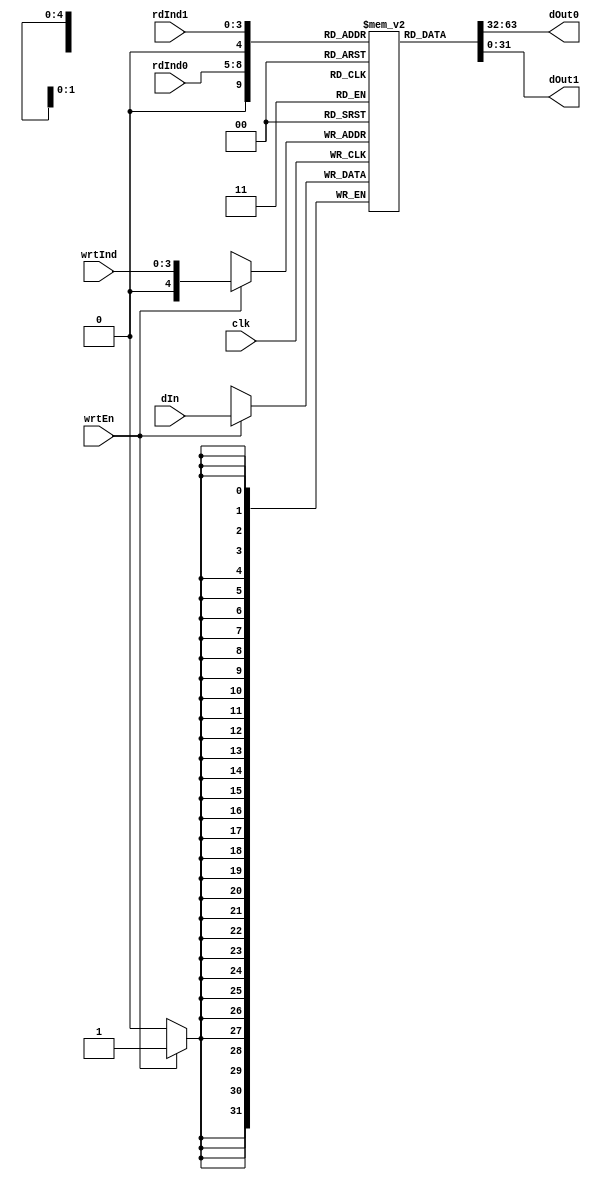
module RegisterFile(clk, wrtEn, wrtInd, rdInd0, rdInd1, dIn, dOut0, dOut1);

   parameter DBITS = 32; // Number of data bits
   parameter ABITS = 4; // Number of address bits
   parameter WORDS = (1<<ABITS);

	input clk, wrtEn;
	input [(ABITS-1): 0] wrtInd, rdInd0, rdInd1;
	input [(DBITS-1): 0] dIn;
	output [(DBITS-1): 0] dOut0, dOut1;
	
	wire [(DBITS-1): 0] dOut0, dOut1;
	
	reg[(DBITS-1):0] registers[0: WORDS];
	
	always @ (posedge clk) begin
		if(wrtEn == 1'b1) //for writing to regs
			registers[wrtInd] <= dIn;
	end

	//always @ (posedge clk) begin
	//	dOut0 <= registers[rdInd0];
	//	dOut1 <= registers[rdInd1];
	//end

	//should this be synchronized to clock?
	assign dOut0 = registers[rdInd0];
	assign dOut1 = registers[rdInd1];


endmodule